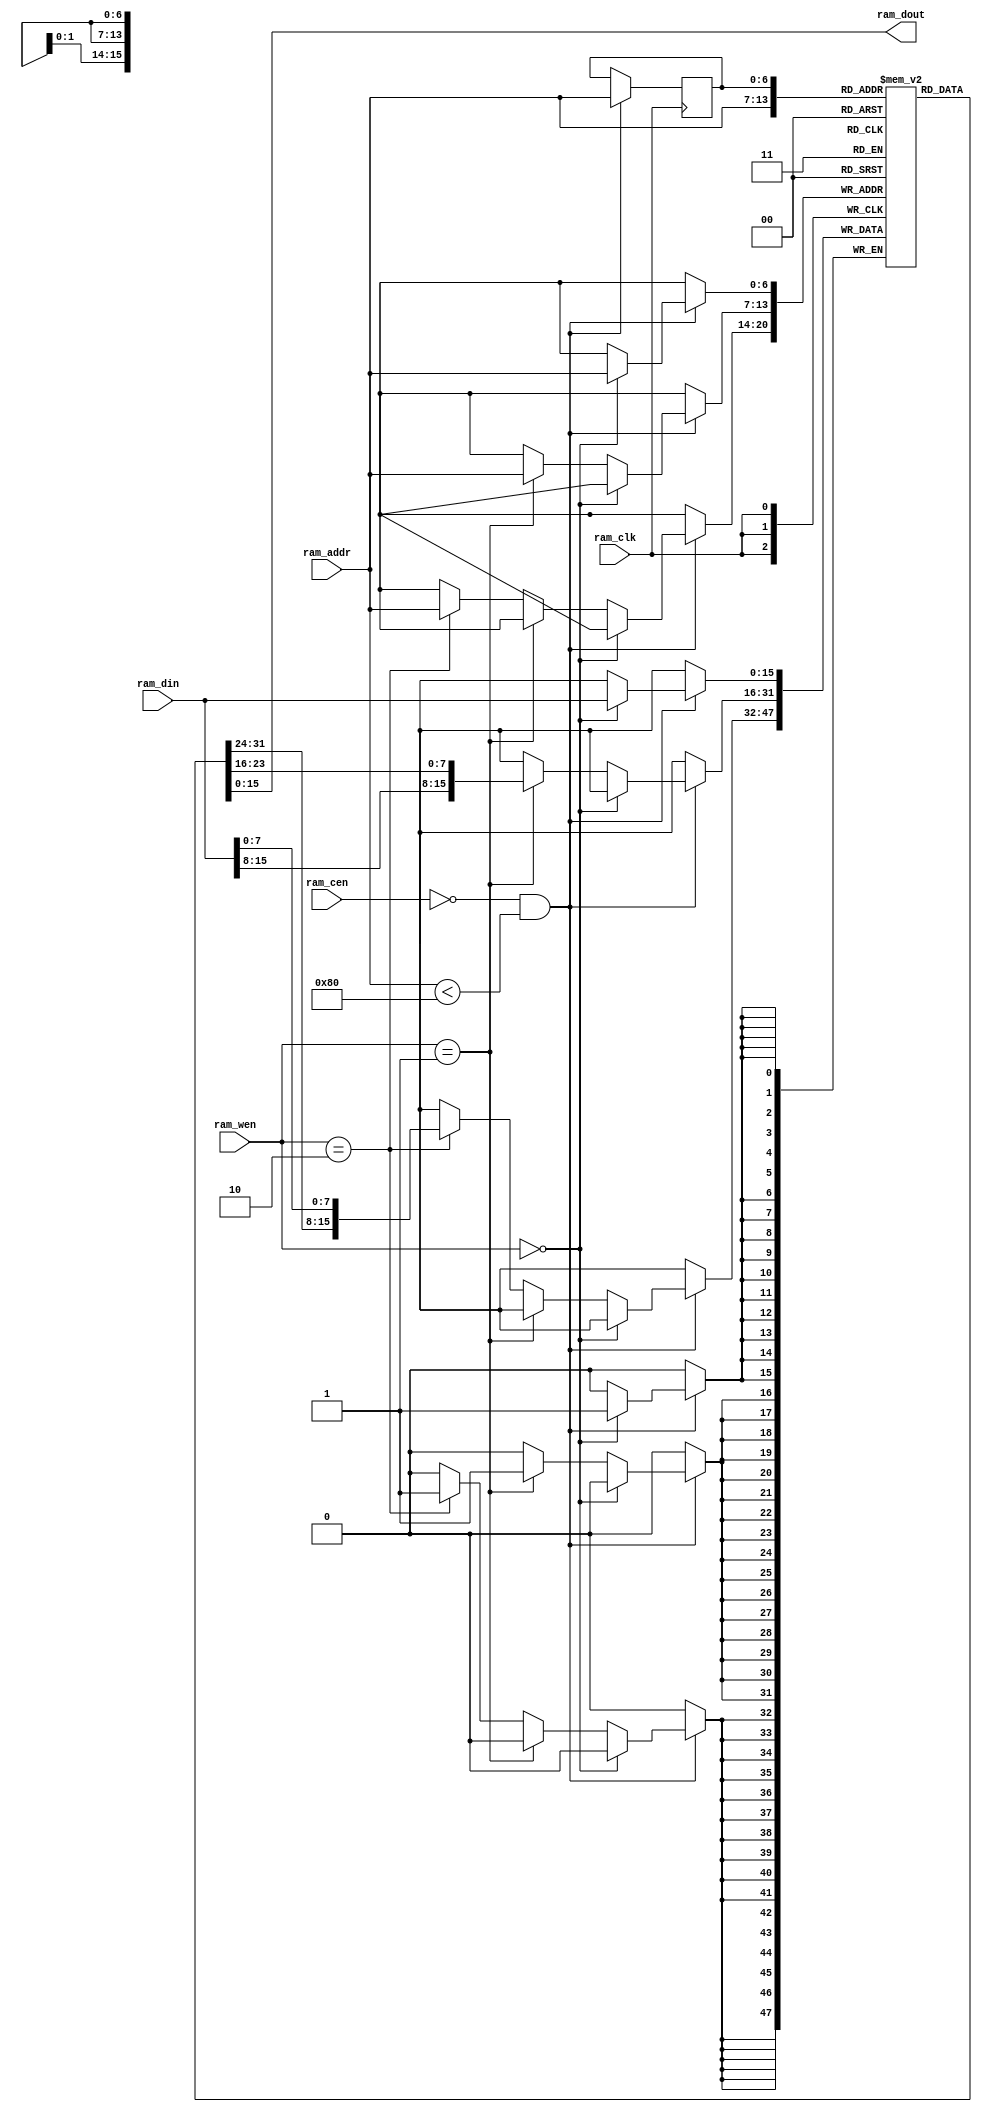
module ram (

// OUTPUTs
    ram_dout,                      // RAM data output

// INPUTs
    ram_addr,                      // RAM address
    ram_cen,                       // RAM chip enable (low active)
    ram_clk,                       // RAM clock
    ram_din,                       // RAM data input
    ram_wen                        // RAM write enable (low active)
);

// PARAMETERs
//============
parameter ADDR_MSB   =  6;         // MSB of the address bus
parameter MEM_SIZE   =  256;       // Memory size in bytes

// OUTPUTs
//============
output      [15:0] ram_dout;       // RAM data output

// INPUTs
//============
input [ADDR_MSB:0] ram_addr;       // RAM address
input              ram_cen;        // RAM chip enable (low active)
input              ram_clk;        // RAM clock
input       [15:0] ram_din;        // RAM data input
input        [1:0] ram_wen;        // RAM write enable (low active)


// RAM
//============

reg         [15:0] mem [0:(MEM_SIZE/2)-1];
reg   [ADDR_MSB:0] ram_addr_reg;

wire        [15:0] mem_val = mem[ram_addr];
   
  
always @(posedge ram_clk)
  if (~ram_cen & ram_addr<(MEM_SIZE/2))
    begin
      if      (ram_wen==2'b00) mem[ram_addr] <= ram_din;
      else if (ram_wen==2'b01) mem[ram_addr] <= {ram_din[15:8], mem_val[7:0]};
      else if (ram_wen==2'b10) mem[ram_addr] <= {mem_val[15:8], ram_din[7:0]};
      ram_addr_reg <= ram_addr;
    end

assign ram_dout = mem[ram_addr_reg];


endmodule